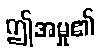
ဤအမှု၏